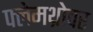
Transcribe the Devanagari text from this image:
फ्लेमथ्रोवर